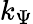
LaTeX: k_{\Psi}